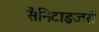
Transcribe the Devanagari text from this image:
सैनिटाइजरों